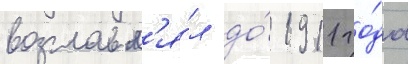
возглавл'я́л до́ 1911 го́да